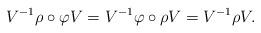
LaTeX: \begin{align*}V^{-1}\rho\circ \varphi V=V^{-1}\varphi\circ \rho V=V^{-1} \rho V.\end{align*}